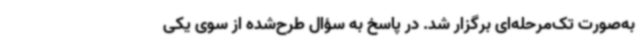
به‌صورت تک‌مرحله‌ای برگزار شد. در پاسخ به سؤال طرح‌شده از سوی یکی